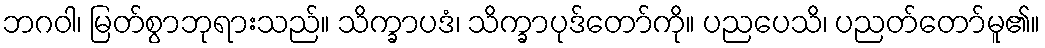
ဘဂဝါ၊ မြတ်စွာဘုရားသည်။ သိက္ခာပဒံ၊ သိက္ခာပုဒ်တော်ကို။ ပညပေသိ၊ ပညတ်တော်မူ၏။